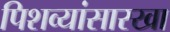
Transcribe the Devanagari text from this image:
पिशव्यांसारखा